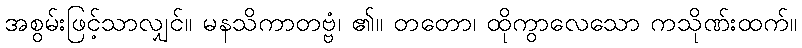
အစွမ်းဖြင့်သာလျှင်။ မနသိကာတဗ္ဗံ၊ ၏။ တတော၊ ထိုကွာလေသော ကသိုဏ်းထက်။